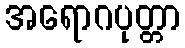
အရောဂပုတ္တာ